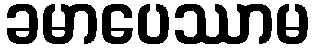
ခမာပေဿာမ